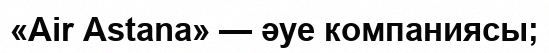
«Air Astana» — әуе компаниясы;